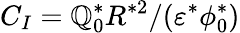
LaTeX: C_{I}=\mathbb{Q}_{0}^{*}R^{*2}/(\varepsilon^{*}\phi_{0}^{*})